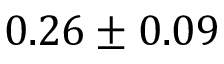
0 . 2 6 \pm 0 . 0 9